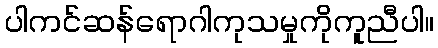
ပါကင်ဆန်ရောဂါကုသမှုကိုကူညီပါ။